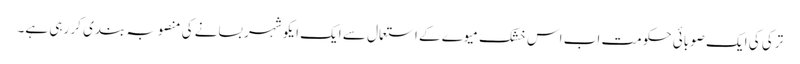
ترکی کی ایک صوبائی حکومت اب اس خشک میوے کے استعمال سے ایک ایکو شہر بسانے کی منصوبہ بندی کر رہی ہے۔